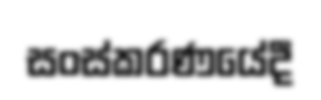
සංස්කරණයේදී